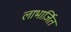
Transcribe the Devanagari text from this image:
लाभार्जित